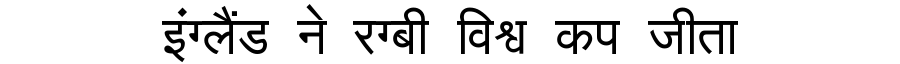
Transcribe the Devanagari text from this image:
इंग्लैंड ने रग्बी विश्व कप जीता